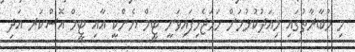
މި މުބާރާތުގައި މިއަދުކުޅުމަށް ހަމަޖެހިފައިވަނީ ޓީމް ޔެންކީ އާއި ޓީމް އޮސްކަރ އަދި